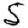
Digit: 5